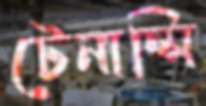
টেনান্সি